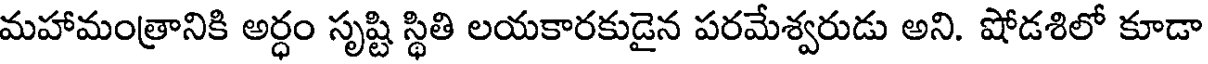
మహామంత్రానికి అర్ధం సృష్టి స్థితి లయకారకుడైన పరమేశ్వరుడు అని. షోడశిలో కూడా